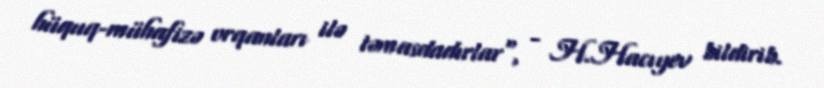
hüquq-mühafizə orqanları ilə təmasdadırlar", - H.Hacıyev bildirib.